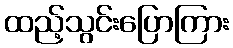
ထည့်သွင်းပြောကြား